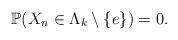
LaTeX: \begin{align*}\mathbb{P}(X_n \in \Lambda_k \setminus \{e\}) = 0.\end{align*}